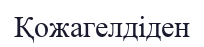
Қожагелдіден